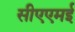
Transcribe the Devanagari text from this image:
सीएएमई